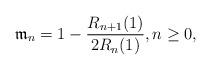
LaTeX: \begin{align*} \mathfrak{m}_{n} = 1 - \frac{R_{{n+1}}(1)}{2R_{n}(1)}, n \geq 0,\end{align*}